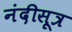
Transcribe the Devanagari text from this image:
नंदीसूत्र